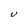
Character: U